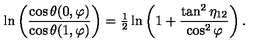
\ln \left( \frac { \cos \theta ( 0 , \varphi ) } { \cos \theta ( 1 , \varphi ) } \right) = { \textstyle { \frac { 1 } { 2 } } } \ln \left( 1 + \frac { \tan ^ { 2 } \eta _ { 1 2 } } { \cos ^ { 2 } \varphi } \right) .